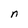
Character: n